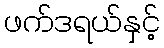
ဖက်ဒရယ်နှင့်